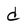
Character: d